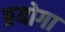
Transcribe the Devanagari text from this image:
प्रयोगा